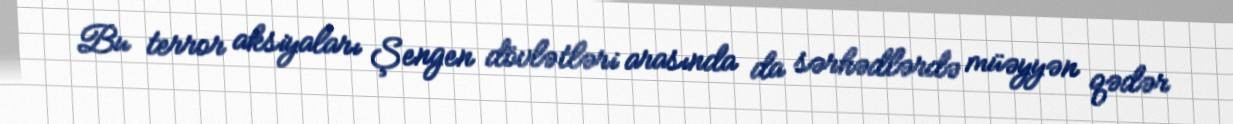
Bu terror aksiyaları Şengen dövlətləri arasında da sərhədlərdə müəyyən qədər